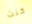
كنت